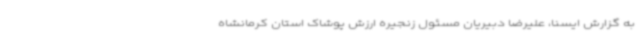
به گزارش ایسنا، علیرضا دبیریان مسئول زنجیره ارزش پوشاک استان کرمانشاه